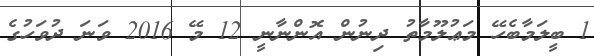
1 ބީލަމާބެހޭ މަޢުލޫމާތު ދިނުން އޮންނާނީ 12 މޭ 2016 ވަނަ ދުވަހުގެ